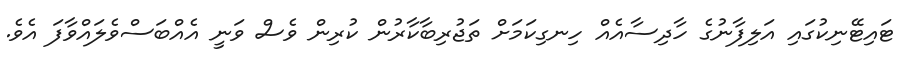
ޓައިޓޭނިކުގައި އަލިފާނުގެ ހާދިސާއެއް ހިނގިކަމަށް ތަޖުރިބާކާރުން ކުރިން ވެސް ވަނީ އެއްބަސްވެލައްވާފަ އެވެ.